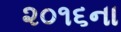
૨૦૧૬ના